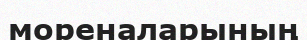
мореналарының